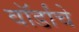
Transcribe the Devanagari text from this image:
वॉर्डांचे